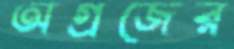
অগ্রজের